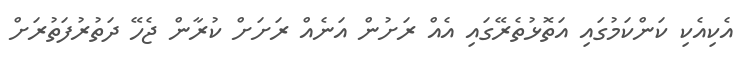
އެކިއެކި ކަންކަމުގައި އަތޮޅުތެރޭގައި އެއް ރަށުން އަނެއް ރަށަށް ކުރާން ޖެހޭ ދަތުރުފަތުރަށް